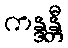
ကန္ဒန္တီ